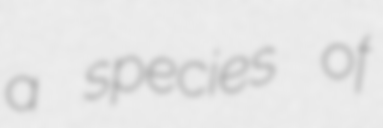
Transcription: a species of